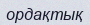
ордақтық